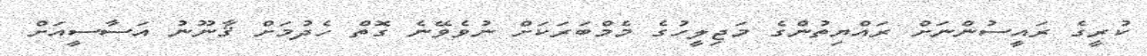
ކުރީގެ ރައީސުންނަށް ރައްޔިތުންގެ މަޖިލީހުގެ މެމްބަރަކަށް ނުވެވޭނެ ގޮތް ހެދުމަށް ޤާނޫނު އަސާސީއަށް